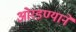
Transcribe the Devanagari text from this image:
ओरडण्याने